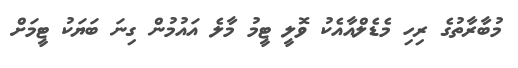
މުބާރާތުގެ ރިހި މެޑެލްއާއެކު ވޮލީ ޓީމު މާލެ އައުމުން ގިނަ ބަޔަކު ޓީމަށް